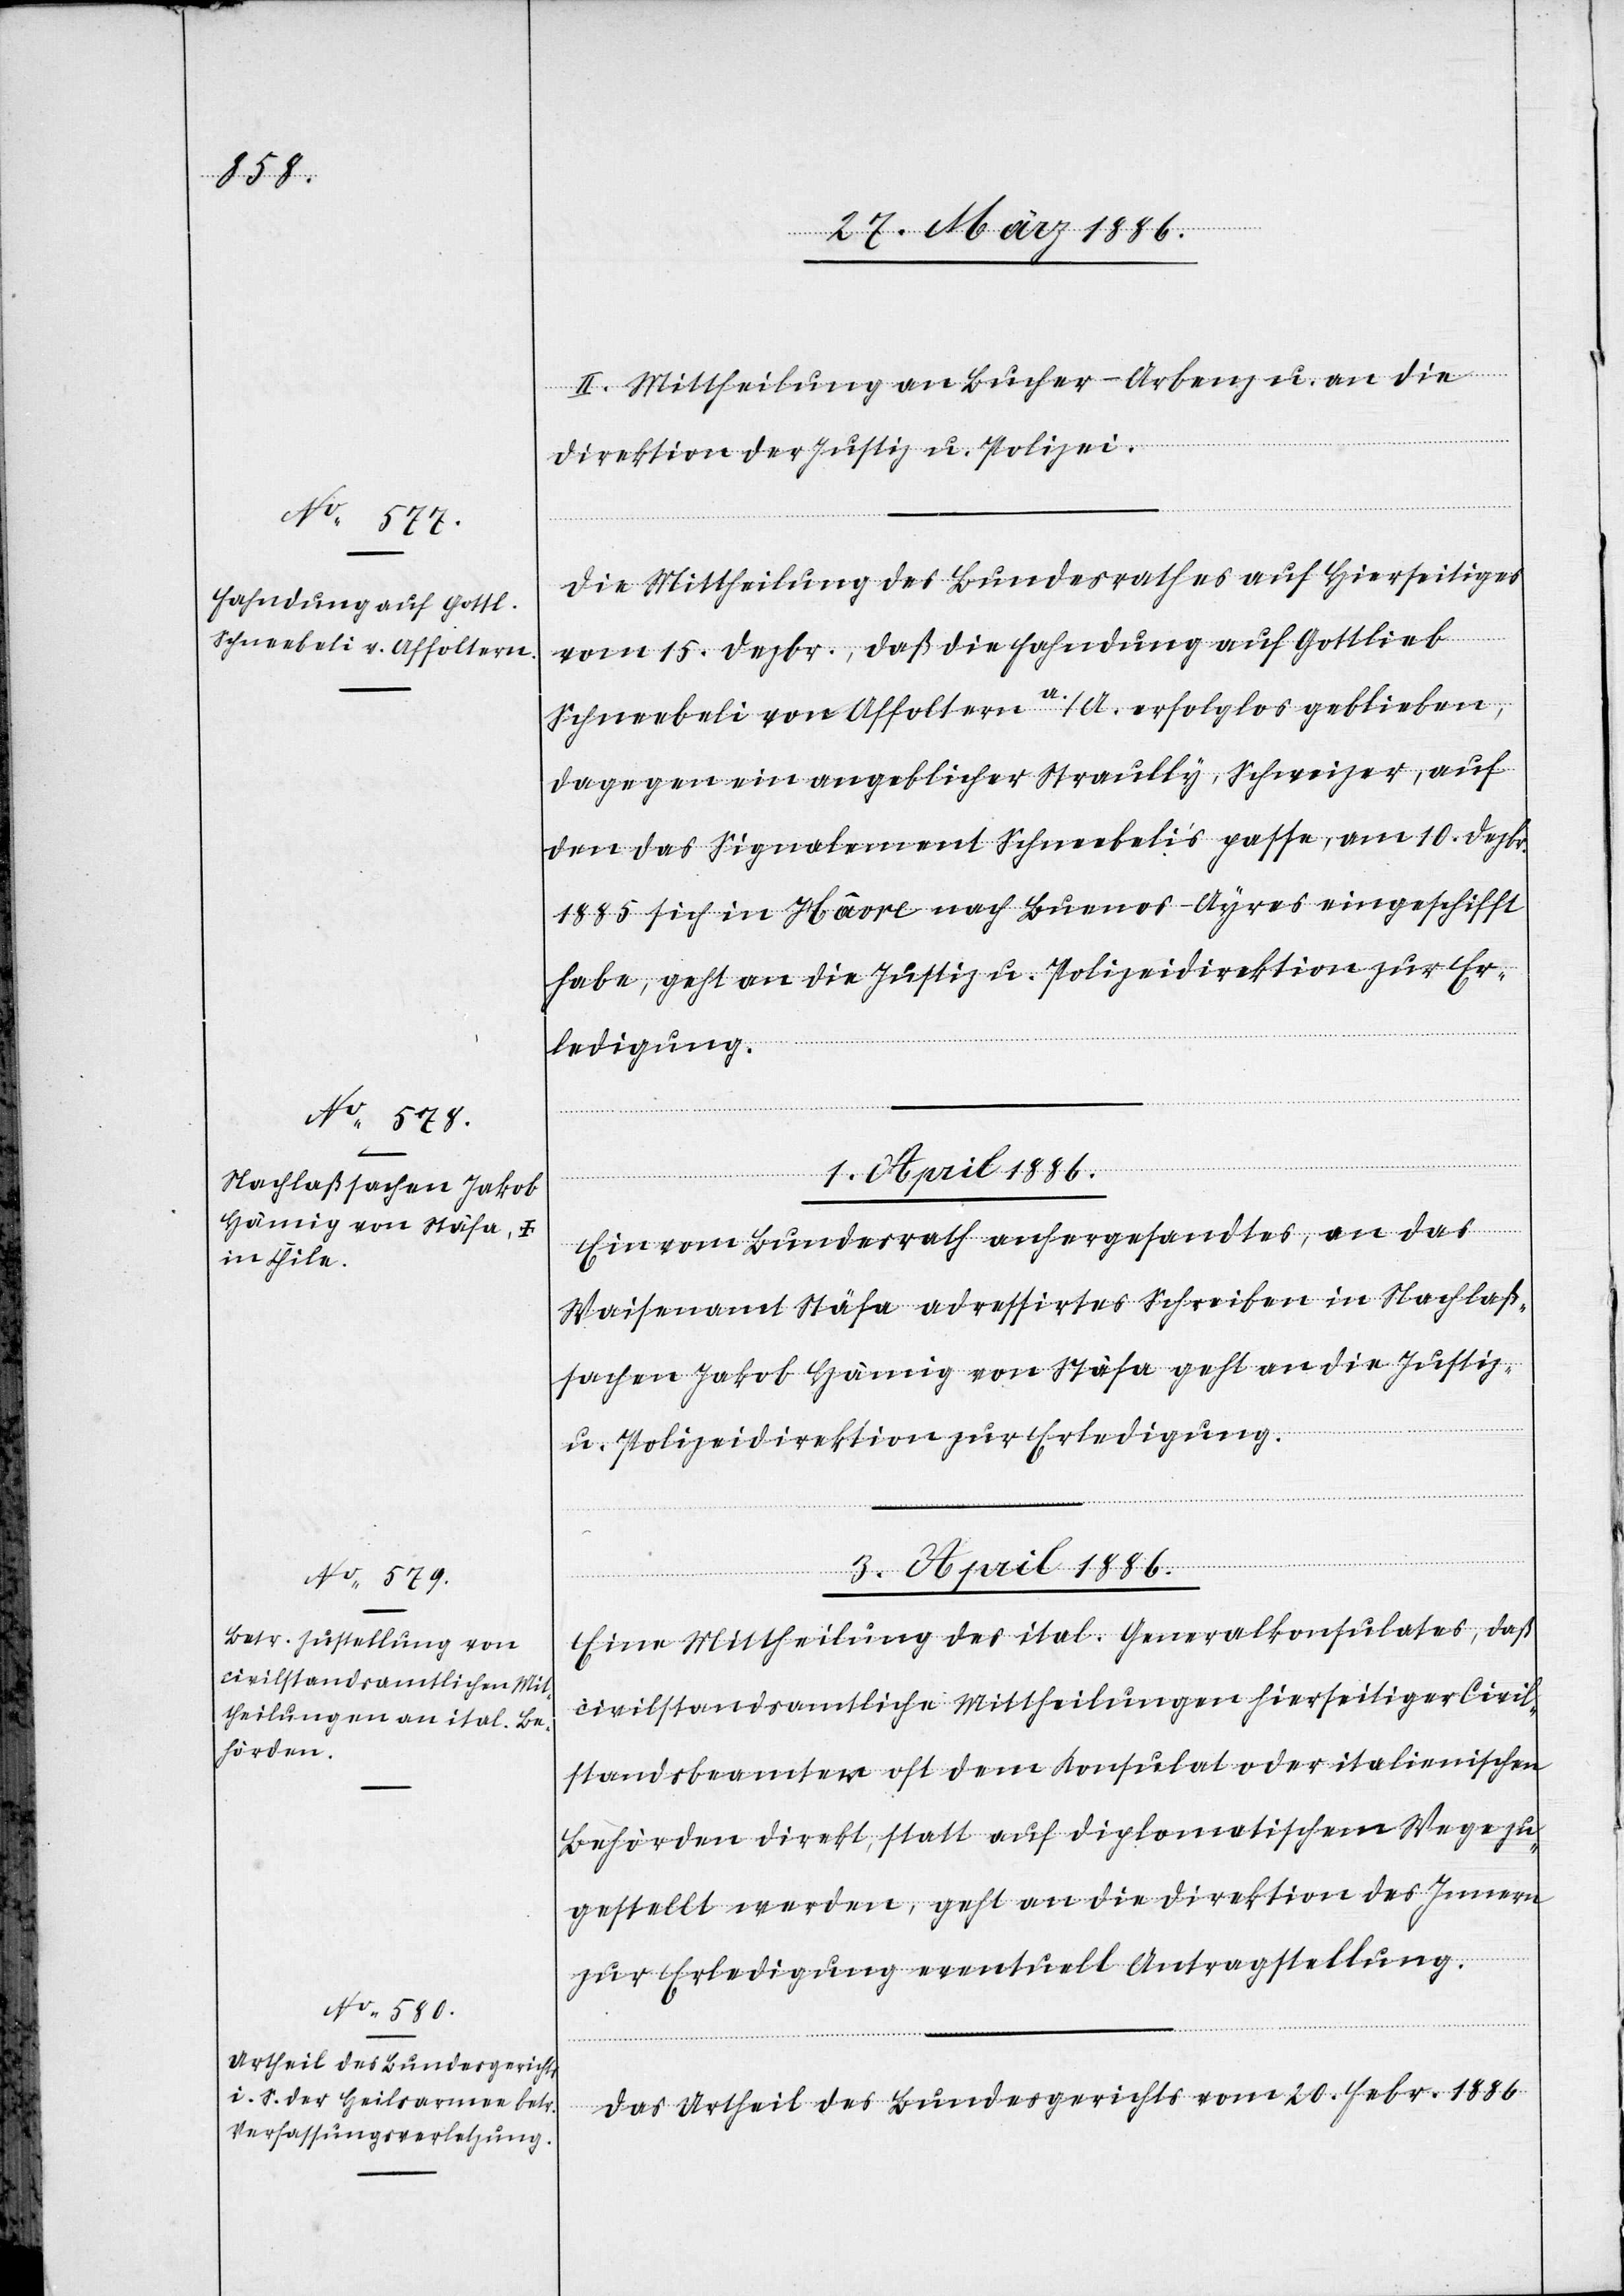
30. März 1886.]
II. Mittheilung an Bucher-Arbenz u. an die
Direktion der Justiz u. Polizei.
Die Mittheilung des Bundesrathes auf Hierseitiges
vom 15. Dezbr., daß die Fahndung auf Gottlieb
Schneebeli von Affoltern a./A. erfolglos geblieben,
dagegen ein angeblicher Straully, Schweizer, auf
den das Signalement Schneebeli’s passe, am 10. Dezbr.
1885 sich in Hâvre nach Buenos-Ayres eingeschifft
habe, geht an die Justiz u. Polizeidirektion zur Er¬
ledigung.
1. April 1886.
Ein vom Bundesrath anhergesandtes, an das
Waisenamt Stäfa adressirtes Schreiben in Nachlaß¬
sachen Jakob Hämig von Stäfa geht an die Justiz-
u. Polizeidirektion zur Erledigung.
3. April 1886.]
Eine Mittheilung des ital. Generalkonsulates, daß
civilstandsamtliche Mittheilungen hierseitiger Civil¬
standsbeamter oft dem Konsulat oder italienischen
Behörden direkt, statt auf diplomatischem Wege zu¬
gstellt werden, geht an die Direktion des Innern
zur Erledigung, eventuell Antragsstellung.
Das Urtheil des Bundesgerichtes vom 20. Febr. 1886